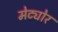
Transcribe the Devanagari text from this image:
मेट्योर